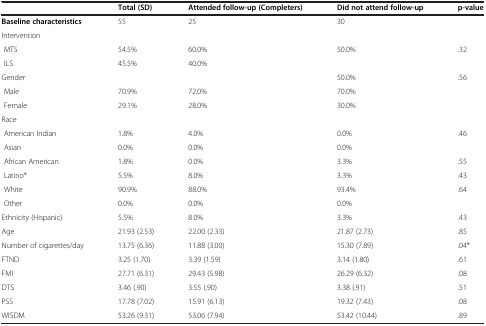
<table><thead><tr><td><b> </b></td><td><b>Total (SD)</b></td><td><b>Attended follow-up (Completers)</b></td><td><b>Did not attend follow-up</b></td><td><b>p-value</b></td></tr></thead><tbody><tr><td><b>Baseline characteristics</b></td><td>55</td><td>25</td><td>30</td><td> </td></tr><tr><td colspan="5">Intervention</td></tr><tr><td> MTS</td><td>54.5%</td><td>60.0%</td><td>50.0%</td><td>.32</td></tr><tr><td> ILS</td><td>45.5%</td><td>40.0%</td><td> </td><td> </td></tr><tr><td>Gender</td><td> </td><td> </td><td>50.0%</td><td>.56</td></tr><tr><td> Male</td><td>70.9%</td><td>72.0%</td><td>70.0%</td><td> </td></tr><tr><td> Female</td><td>29.1%</td><td>28.0%</td><td>30.0%</td><td> </td></tr><tr><td colspan="5">Race</td></tr><tr><td> American Indian</td><td>1.8%</td><td>4.0%</td><td>0.0%</td><td>.46</td></tr><tr><td> Asian</td><td>0.0%</td><td>0.0%</td><td>0.0%</td><td> </td></tr><tr><td> African American</td><td>1.8%</td><td>0.0%</td><td>3.3%</td><td>.55</td></tr><tr><td> Latino*</td><td>5.5%</td><td>8.0%</td><td>3.3%</td><td>.43</td></tr><tr><td> White</td><td>90.9%</td><td>88.0%</td><td>93.4%</td><td>.64</td></tr><tr><td> Other</td><td>0.0%</td><td>0.0%</td><td>0.0%</td><td> </td></tr><tr><td>Ethnicity (Hispanic)</td><td>5.5%</td><td>8.0%</td><td>3.3%</td><td>.43</td></tr><tr><td>Age</td><td>21.93 (2.53)</td><td>22.00 (2.33)</td><td>21.87 (2.73)</td><td>.85</td></tr><tr><td>Number of cigarettes/day</td><td>13.75 (6.36)</td><td>11.88 (3.00)</td><td>15.30 (7.89)</td><td>.04*</td></tr><tr><td>FTND</td><td>3.25 (1.70)</td><td>3.39 (1.59)</td><td>3.14 (1.80)</td><td>.61</td></tr><tr><td>FMI</td><td>27.71 (6.31)</td><td>29.43 (5.98)</td><td>26.29 (6.32)</td><td>.08</td></tr><tr><td>DTS</td><td>3.46 (.90)</td><td>3.55 (.90)</td><td>3.38 (.91)</td><td>.51</td></tr><tr><td>PSS</td><td>17.78 (7.02)</td><td>15.91 (6.13)</td><td>19.32 (7.43)</td><td>.08</td></tr><tr><td>WISDM</td><td>53.26 (9.31)</td><td>53.06 (7.94)</td><td>53.42 (10.44)</td><td>.89</td></tr></tbody></table>